Statistical return of the lunatic asylum in Assam - 1912-1932
Year: 1912
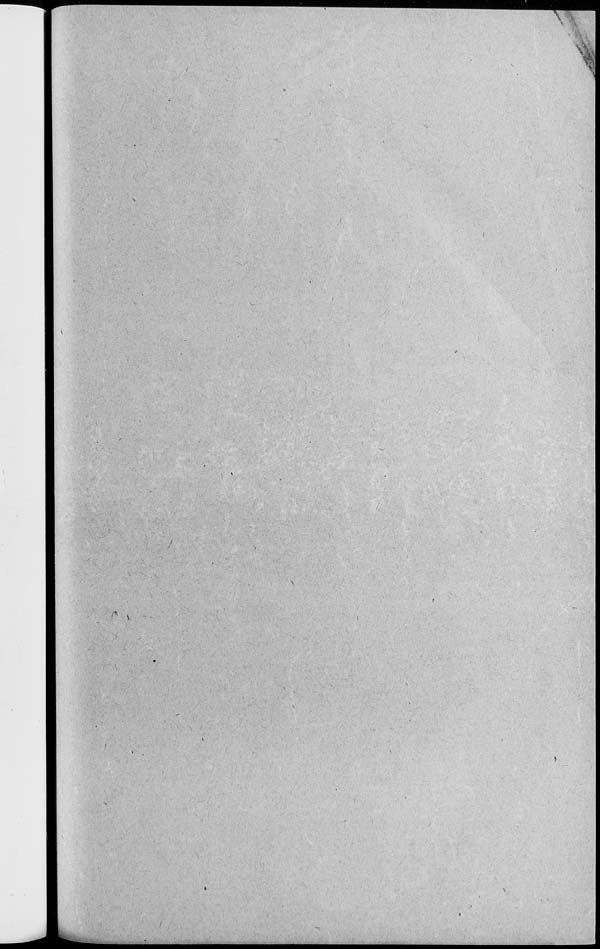
I